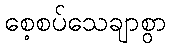
စေ့စပ်သေချာစွာ